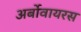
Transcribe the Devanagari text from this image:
अर्बोवायरस